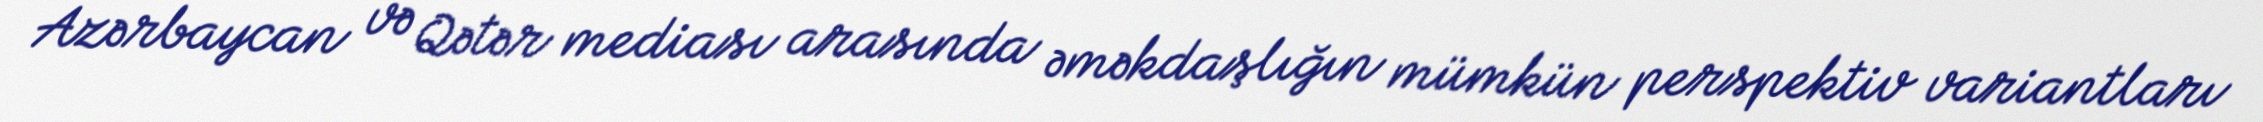
Azərbaycan və Qətər mediası arasında əməkdaşlığın mümkün perspektiv variantları